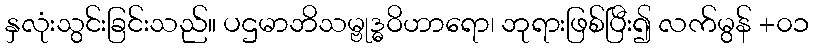
နှလုံးသွင်းခြင်းသည်။ ပဌမာဘိသမ္ဗုဒ္ဓဝိဟာရော၊ ဘုရားဖြစ်ပြီး၍ လက်မွန် +၀၁